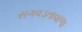
સગવડતાવાળા